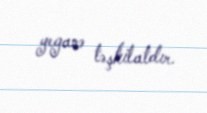
yeganə təşkilatdır.